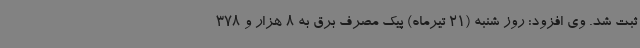
ثبت شد. وی افزود: روز شنبه (21 تیرماه) پیک مصرف برق به 8 هزار و 378